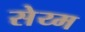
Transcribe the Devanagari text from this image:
सेय्म